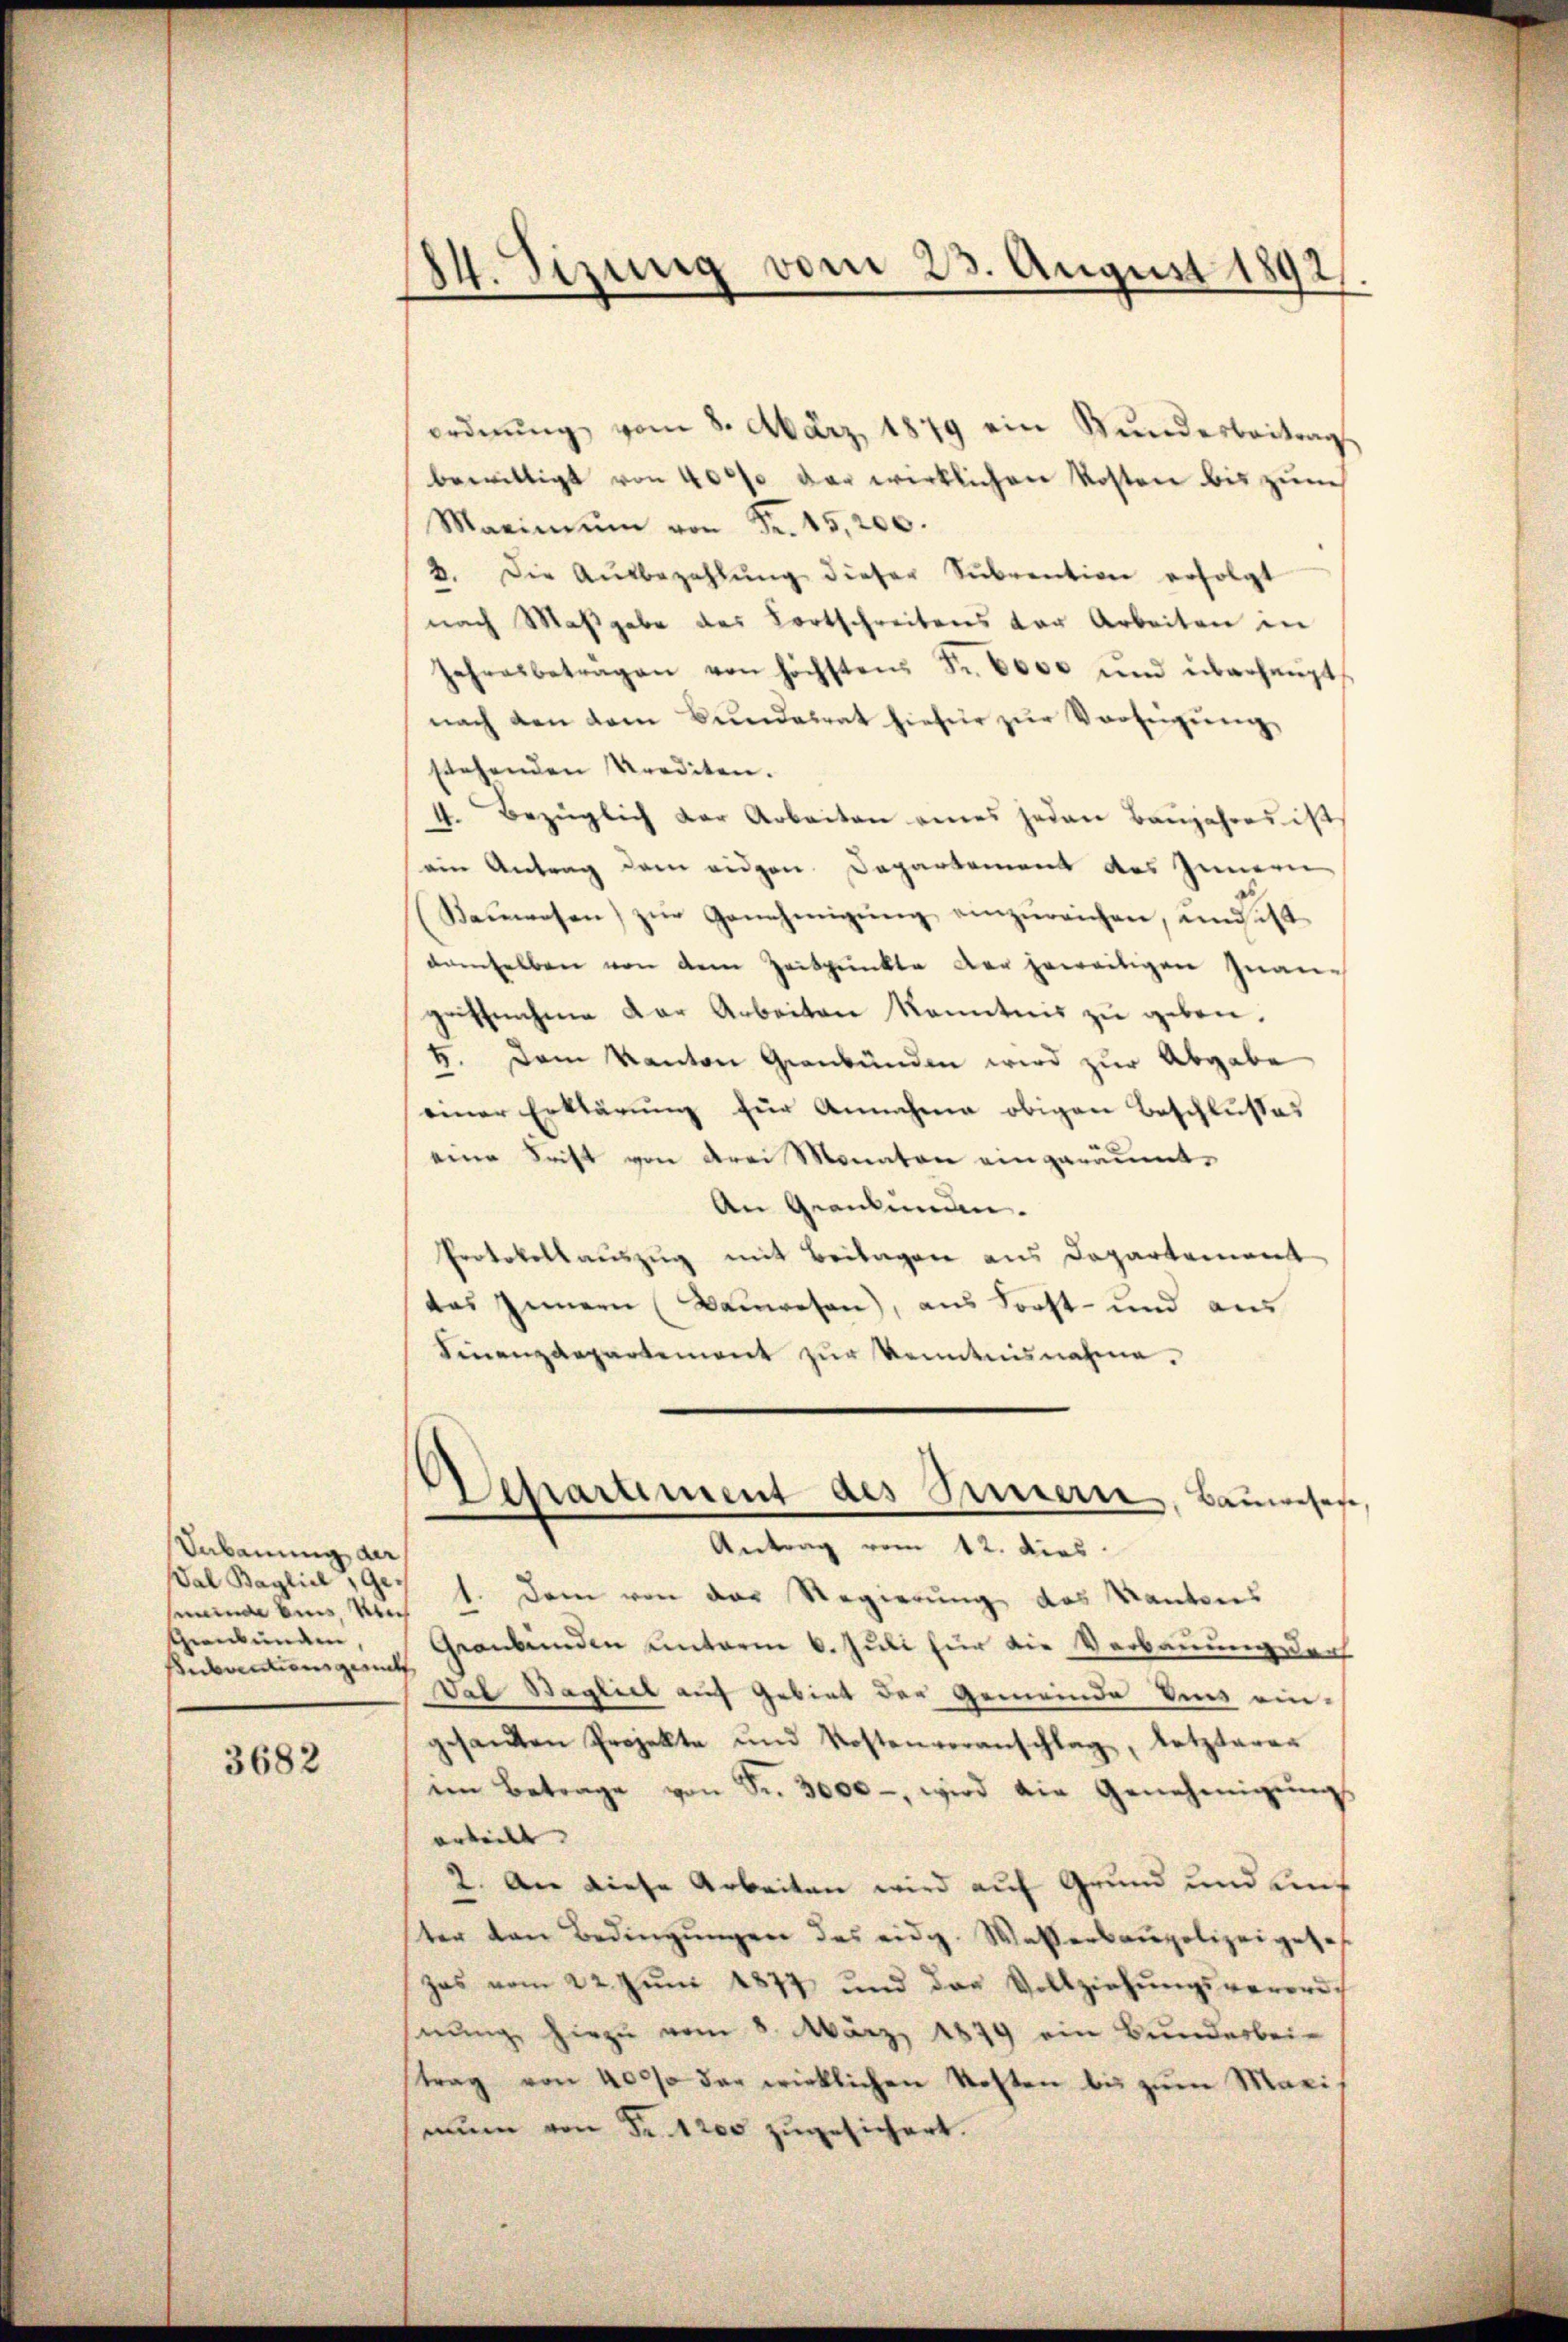
Vebauung der
Val Baglich, Ge-
Genkunden,
snactionsgerich

3682

24. Sizung vom 23. August 1892.

ordnŭng vom 8. März 1879 ein Bunderbeitrag
bewilligt von 4000 der wirklichen Kosten bis zum
Maximŭm von Fr. 15,200.
2. Die Aŭsbezahlŭng dieser Sŭbvention erfolgt
nach Maßgabe des Fortschreibens vor Arbeiten in
Jahresbeträgen von höchsten Fr. 6000 und überhaupt
nach den vom Bŭndesrat hiefür zŭr Verfeigŭng
stehenden Krediten.
4. Bezüglich der Arbeiten eines jeden Baŭjahres ist
ein Antrag dem eidgen. Departement des Innern,
(Seŭwesen) zŭr Genehmigŭng einzŭreichen, und ist
damselben von dem Zeitpunkte der geweitigen Inangriffnahme der Arbeiten kanntnis zŭ geben.
5. Dem Kanton Graubünden wird zur Abgabe
einer Erklärŭng für Annahme obigen Beschlußes
eine Frist von drei Monaten eingeräumt.
An Graulinen.
Protokollauszug mit Beilagen aus Departement
das Innern (Bauwesen), aus Forst- und aus
Sinenzdepartement zŭr Kenntnisnahme.
Separtement des Sinnern, Baumesas
Antrag vom 12. dies
munde bin. Nach 1. Dem von der Regierung des Kantons
Graubünden unterm 6. Juli für die Verbauung der
Val Baglich auf Gebiet der Gemeinde dens ein-
gesandten Projekte und Kostenveranschlag, letzterer
in Betrage von Fr. 3000 - wird die Genehmigŭngs
orteilt. |
2. An diese Arbeiten wird auf Grund und auf
ter den Bedingŭngen des eidg. Wasersangelizeigese
zas vom 22. Jŭni 1877 und das Vollziehŭngsverordnŭng hiezu vom 5. März 1879 ein Bunderbei-
trag von 4000 der wirklichen Kosten bis zum Maximum von Fr. 1200 zugesichert.